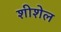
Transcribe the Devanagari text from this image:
शीशेल